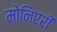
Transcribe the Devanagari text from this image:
मोनिएरी